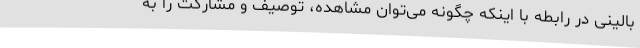
بالینی در رابطه با اینکه چگونه می‌توان مشاهده، توصیف و مشارکت را به